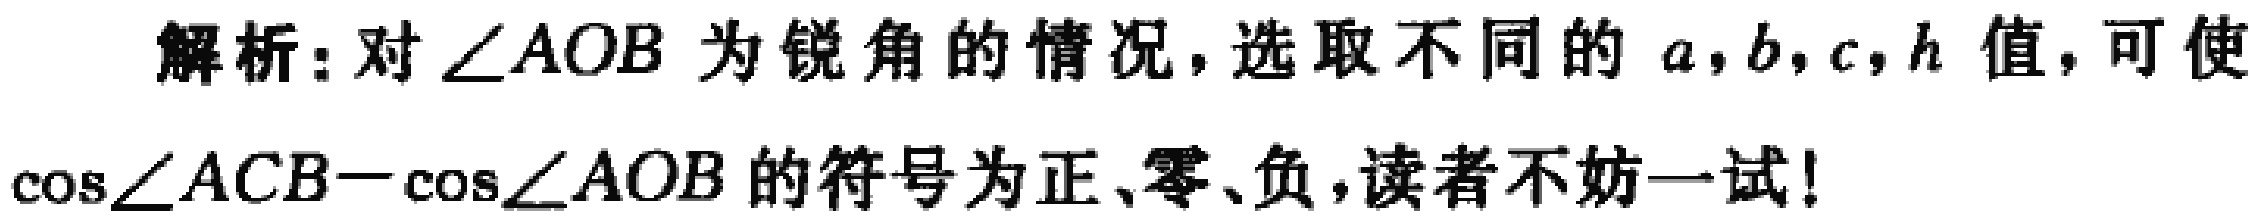
解析：对$\angle AOB$为锐角的情况，选取不同的$a,b,c,h$值，可使$\cos\angle ACB - \cos\angle AOB$的符号为正、零、负，读者不妨一试！